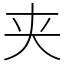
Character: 夹